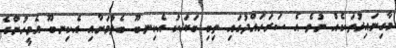
މާގިނައިރުތަކެއް ނުވެ އެ ސަރަހައްދުގައި ތިބި ބަޔަކު އެކިނބޫ ބެލުމަށާއި އެކިނބޫ އެމީހުންގެ